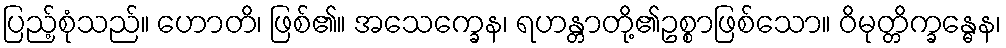
ပြည့်စုံသည်။ ဟောတိ၊ ဖြစ်၏။ အသေက္ခေန၊ ရဟန္တာတို့၏ဥစ္စာဖြစ်သော။ ဝိမုတ္တိက္ခန္ဓေန၊